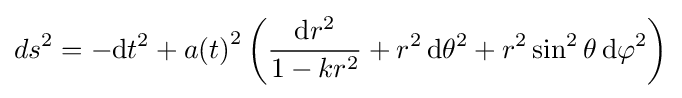
ds^{2}=-\mathrm {d} t^{2}+{a(t)}^{2}\left({\frac {\mathrm {d} r^{2}}{1-kr^{2}}}+r^{2}\,\mathrm {d} \theta ^{2}+r^{2}\sin ^{2}\theta \,\mathrm {d} \varphi ^{2}\right)